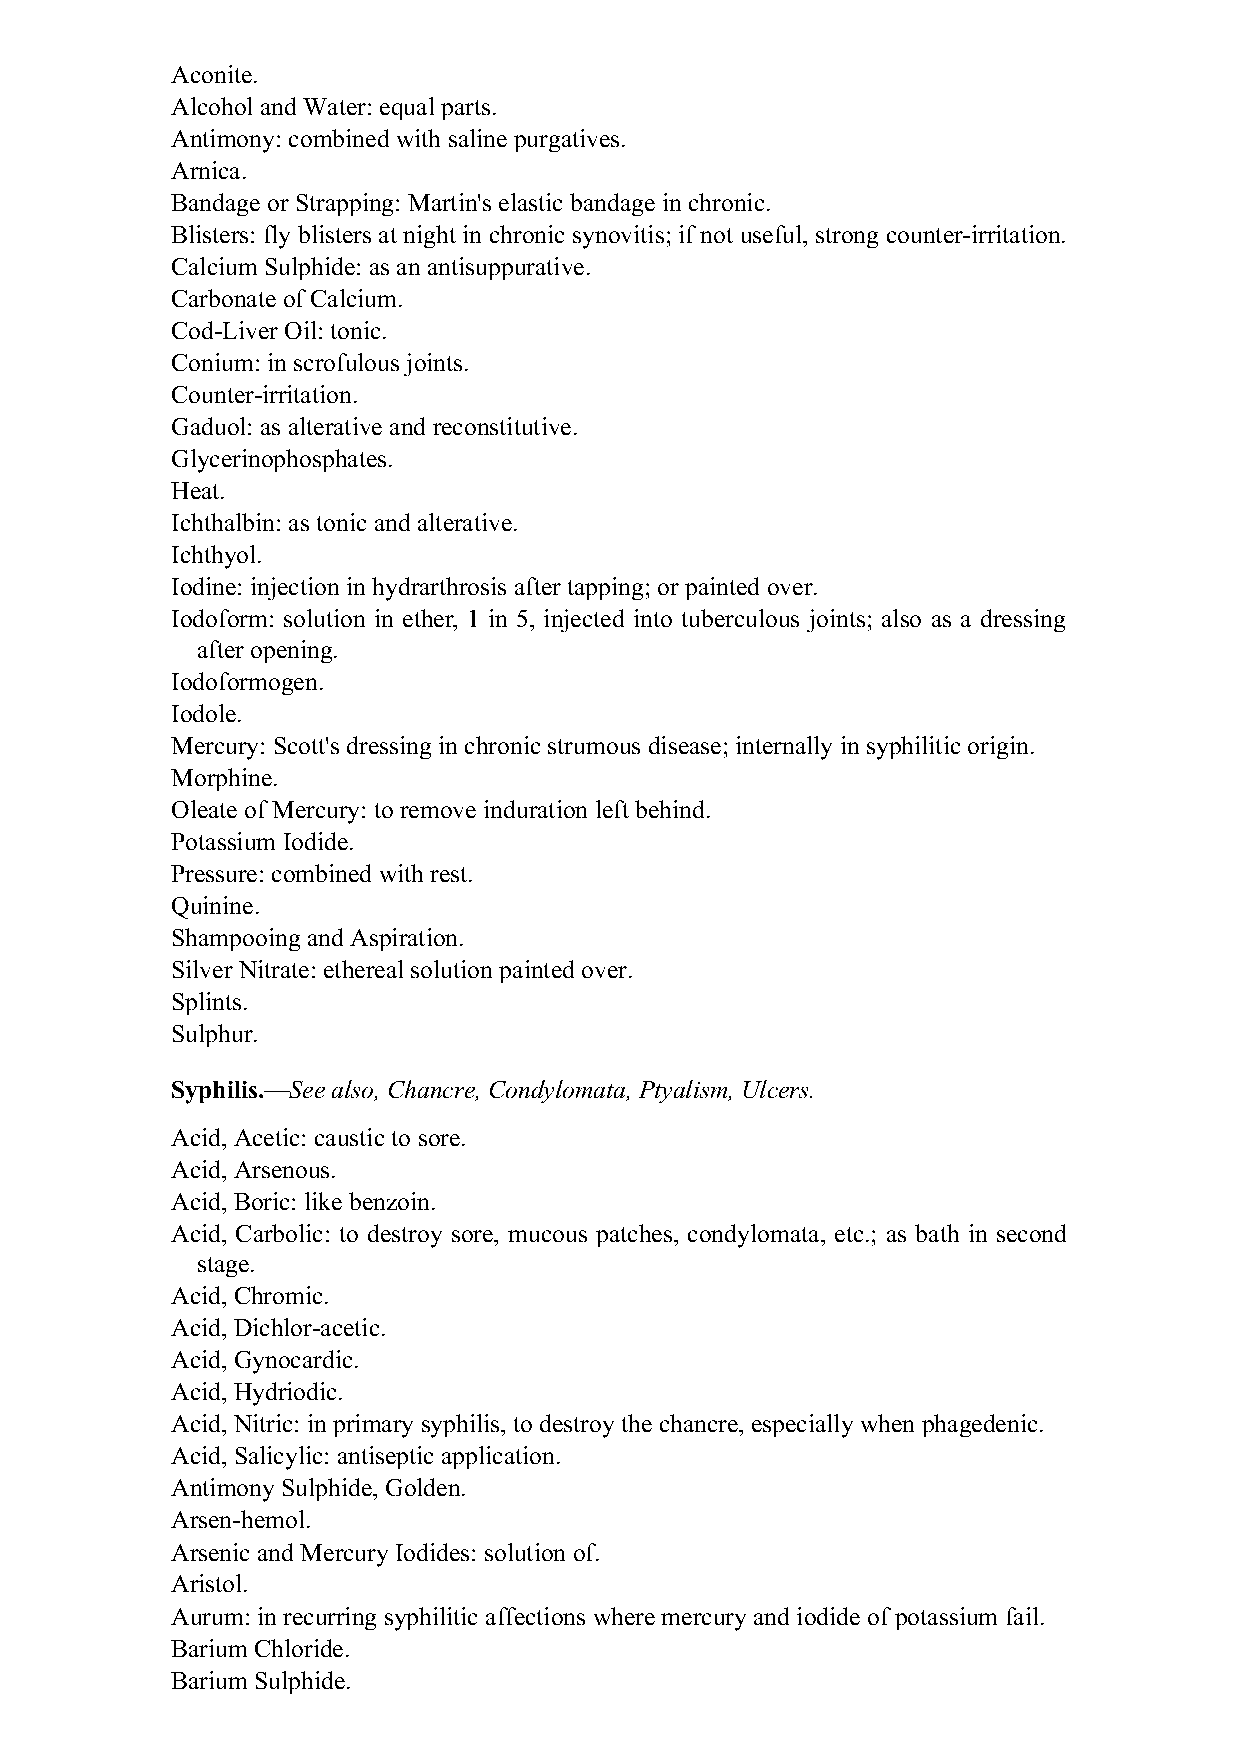
Aconite.
 Alcohol and Water: equal parts.
 Antimony: combined with saline purgatives.
 Arnica.
 Bandage or Strapping: Martin's elastic bandage in chronic.
 Blisters: fly blisters at night in chronic synovitis; if not useful, strong counter-irritation.
 Calcium Sulphide: as an antisuppurative.
 Carbonate of Calcium.
 Cod-Liver Oil: tonic.
 Conium: in scrofulous joints.
 Counter-irritation.
 Gaduol: as alterative and reconstitutive.
 Glycerinophosphates.
 Heat.
 Ichthalbin: as tonic and alterative.
 Ichthyol.
 Iodine: injection in hydrarthrosis after tapping; or painted over.
 Iodoform: solution in ether, 1 in 5, injected into tuberculous joints; also as a dressing
 after opening.
 Iodoformogen.
 Iodole.
 Mercury: Scott's dressing in chronic strumous disease; internally in syphilitic origin.
 Morphine.
 Oleate of Mercury: to remove induration left behind.
 Potassium Iodide.
 Pressure: combined with rest.
 Quinine.
 Shampooing and Aspiration.
 Silver Nitrate: ethereal solution painted over.
 Splints.
 Sulphur.
 Syphilis.—See also, Chancre, Condylomata, Ptyalism, Ulcers.
 Acid, Acetic: caustic to sore.
 Acid, Arsenous.
 Acid, Boric: like benzoin.
 Acid, Carbolic: to destroy sore, mucous patches, condylomata, etc.; as bath in second
 stage.
 Acid, Chromic.
 Acid, Dichlor-acetic.
 Acid, Gynocardic.
 Acid, Hydriodic.
 Acid, Nitric: in primary syphilis, to destroy the chancre, especially when phagedenic.
 Acid, Salicylic: antiseptic application.
 Antimony Sulphide, Golden.
 Arsen-hemol.
 Arsenic and Mercury Iodides: solution of.
 Aristol.
 Aurum: in recurring syphilitic affections where mercury and iodide of potassium fail.
 Barium Chloride.
 Barium Sulphide.